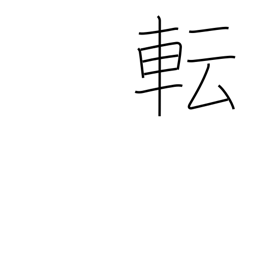
Meaning: change